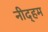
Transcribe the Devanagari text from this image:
नीद्हम